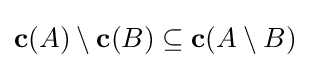
\mathbf {c} (A)\setminus \mathbf {c} (B)\subseteq \mathbf {c} (A\setminus B)